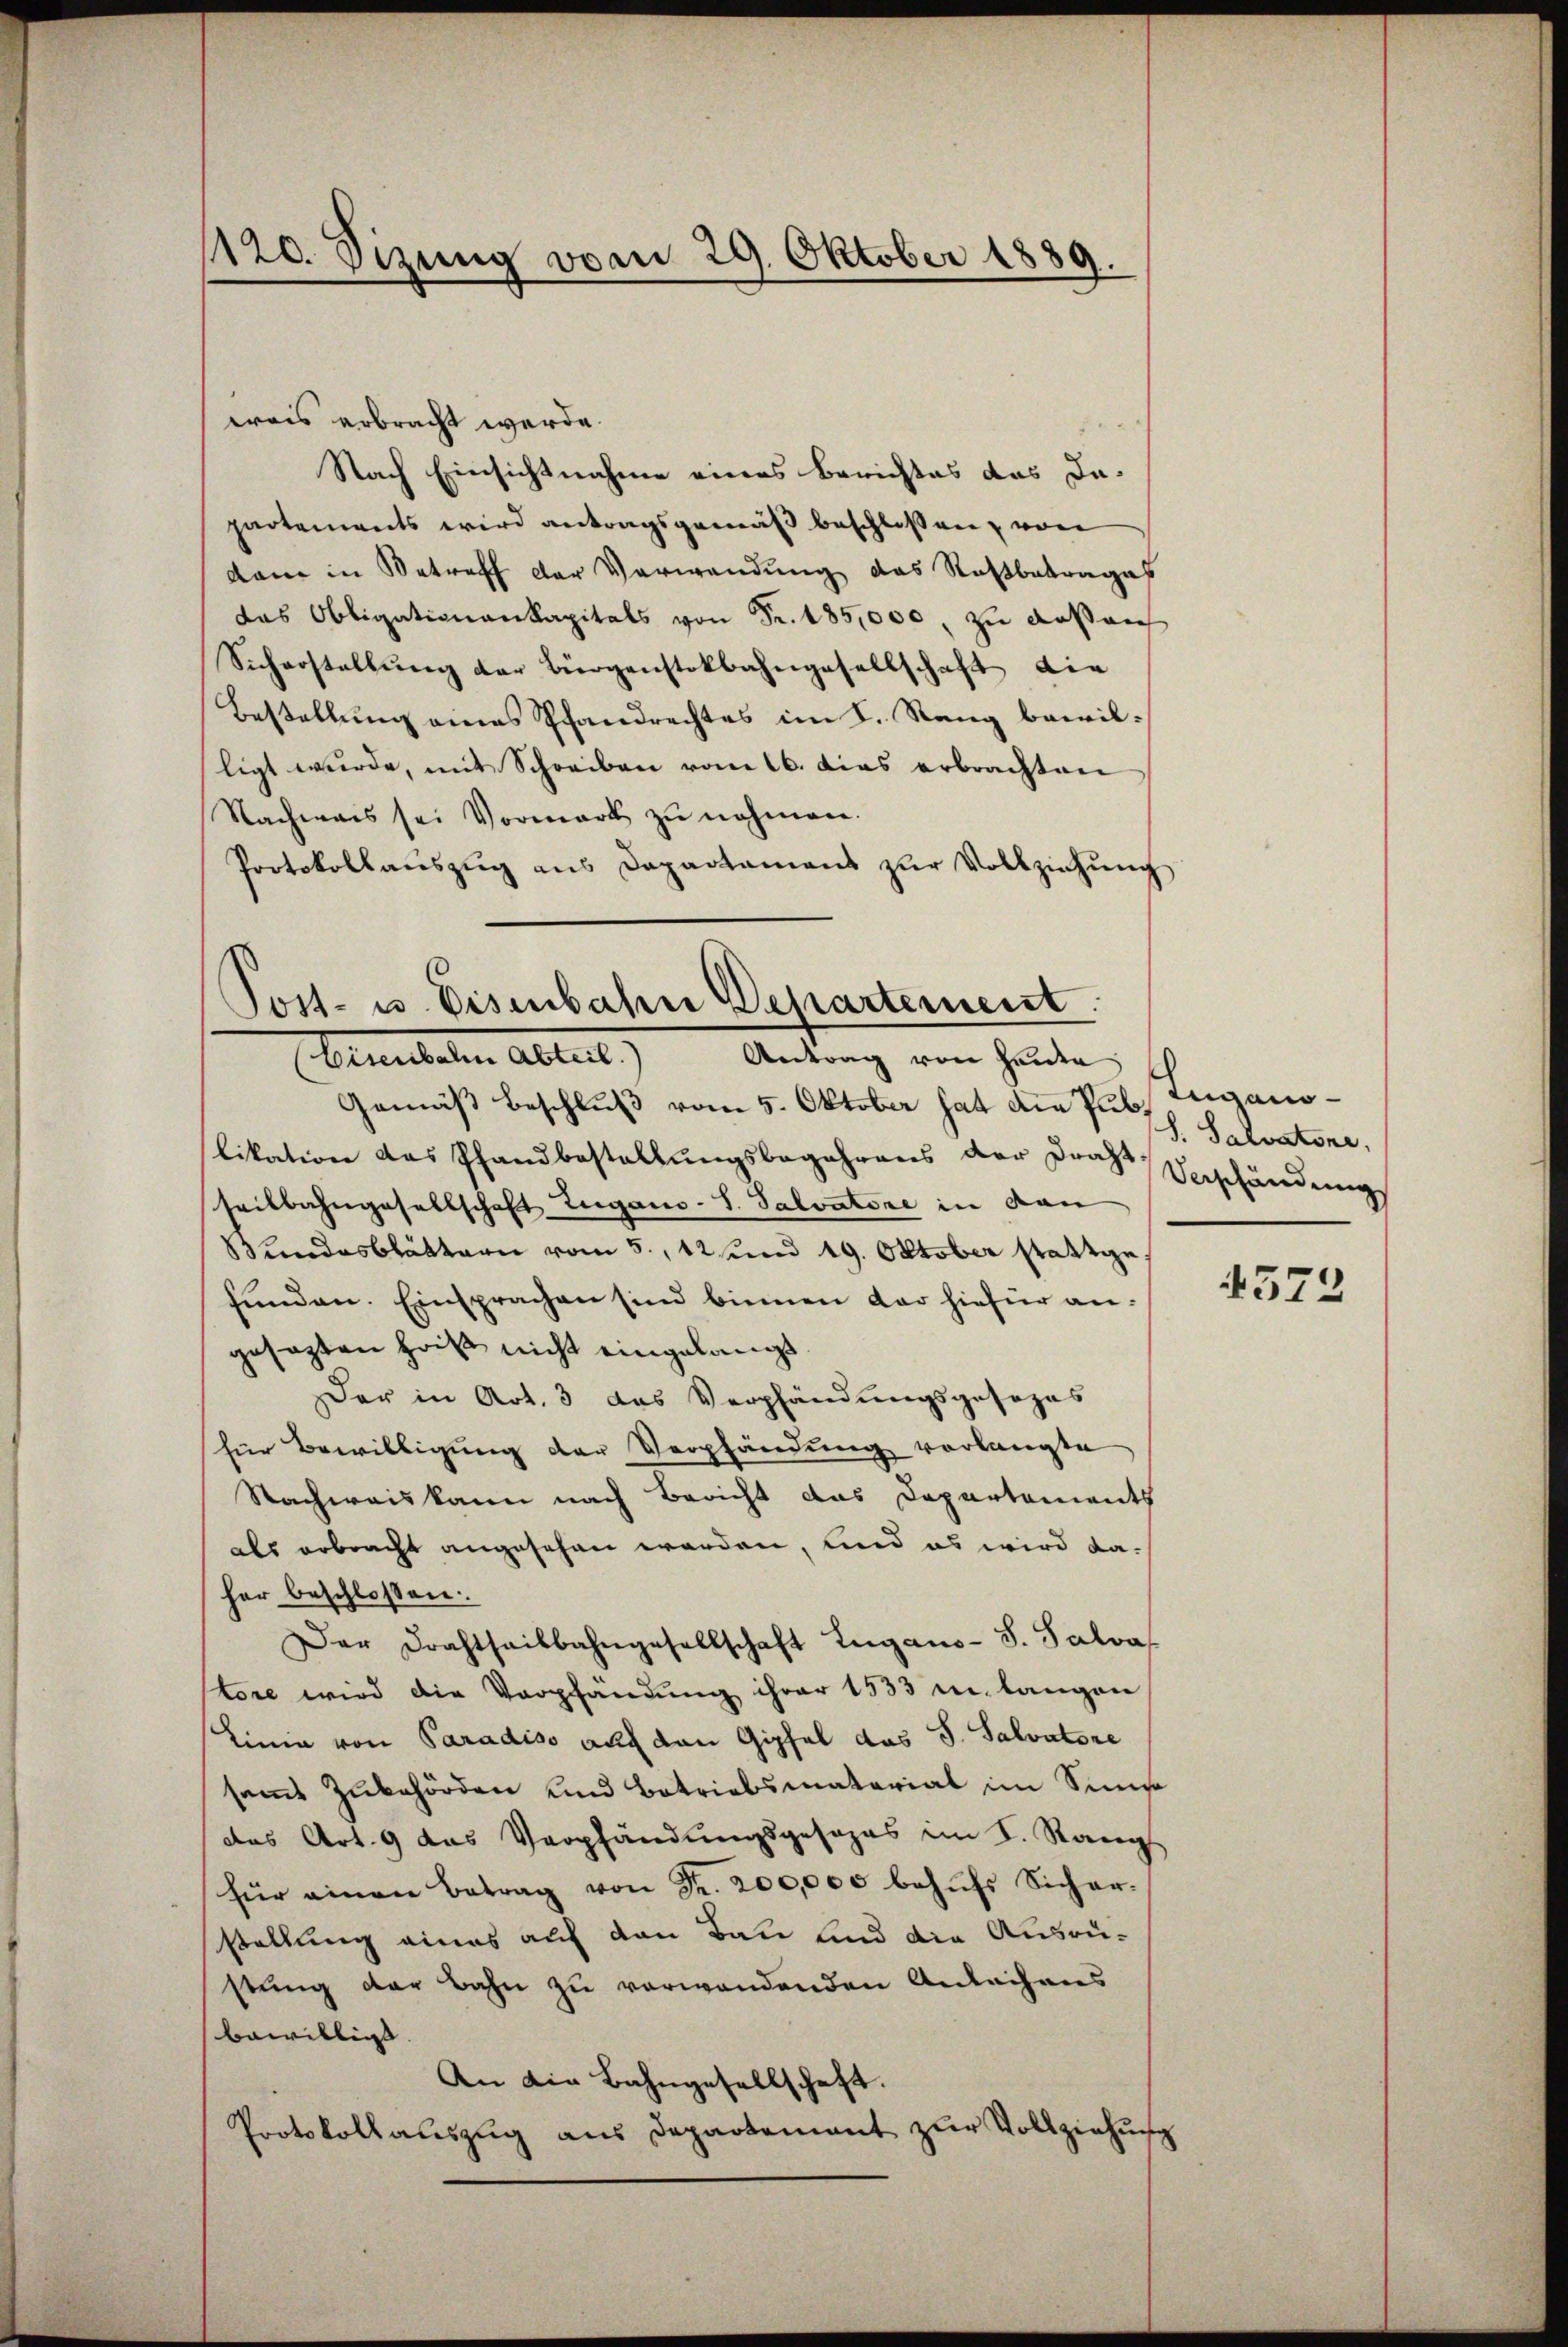
1120. Sizung vom 29. Oktober 1889.

wais erbracht werde.
Nach Einsichtnahme eines Berichtes das Da-
partements wird antragsgemäß beschlossen, von
dann in Betreff der Verwendung das Rostbetrages
das Obligationenkapitals von Fr. 185,000, zu dessen
Sicherstellŭng der Bürgenstokbahngesellschaft die
Bestellung eines Pfandrechtes im K. Rang bewilligt wurde, mit Schreiben vom 16. das erbrachten
Nachmais sei Vormark zŭ nehmen.
Protokollaŭszŭg ans Departamens zŭr Vollziehŭng

Post- u. Eisenbahn Departement
(Eisenbahn Abteil. Antrag von Heiden

Gemäß Beschluß vom 5. Oktober hat die Pub. Zuganolikation das Pfandbestellungsbegehrens der Draht Verschändung
seitbahngesellschaft Lugano-S. Salvatore in den
Bundesblättern vom 5. 12 und 19. Oktober stattge
funden. Einsprachen sind binnen dar hiefür angesagten heißt nicht eingelangt.
Der in Art. 3 das Verpfändungsgesezes
für Bewilligung der Verpfändung vorlangte
Nachweis kann nach Bericht das Dapartements
als erbracht angesehen werden, und es wird daher beschlossen.
Der Frachtheilbahngesellschaft Lugano-S. Salva
tore wird die Verpfandung ihrer 1533 u. langen
Linie von Paradiso auf den Gipfel das S. Salvatore
samt Zubehörden und Betriebsmaterial im Simso
das Art. 9 das Verpfändungsgesezes im I. Rangs
für einen Betrag von Fr. 200,000 behŭfs Sicher-
stellung eines auf den Baue und die Ausrüstung der Bahn zu verwendenden Anleihens
bewilligt
An die Bahngesellschaft.
Protokollauszug aus Departement zŭr Vollziehung

S. Salvatone.

4372